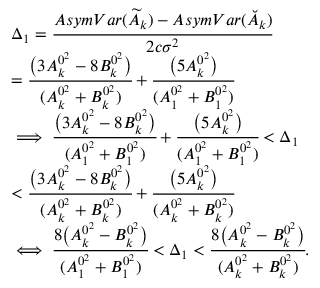
\begin{array} { r l } & { \Delta _ { 1 } = \cfrac { A s y m V a r ( \widetilde { A } _ { k } ) - A s y m V a r ( \breve { A } _ { k } ) } { 2 c \sigma ^ { 2 } } } \\ & { = \cfrac { \big ( 3 A _ { k } ^ { 0 ^ { 2 } } - 8 B _ { k } ^ { 0 ^ { 2 } } \big ) } { ( A _ { k } ^ { 0 ^ { 2 } } + B _ { k } ^ { 0 ^ { 2 } } ) } + \cfrac { \big ( 5 A _ { k } ^ { 0 ^ { 2 } } \big ) } { ( A _ { 1 } ^ { 0 ^ { 2 } } + B _ { 1 } ^ { 0 ^ { 2 } } ) } } \\ & { \implies \cfrac { \big ( 3 A _ { k } ^ { 0 ^ { 2 } } - 8 B _ { k } ^ { 0 ^ { 2 } } \big ) } { ( A _ { 1 } ^ { 0 ^ { 2 } } + B _ { 1 } ^ { 0 ^ { 2 } } ) } + \cfrac { \big ( 5 A _ { k } ^ { 0 ^ { 2 } } \big ) } { ( A _ { 1 } ^ { 0 ^ { 2 } } + B _ { 1 } ^ { 0 ^ { 2 } } ) } < \Delta _ { 1 } } \\ & { < \cfrac { \big ( 3 A _ { k } ^ { 0 ^ { 2 } } - 8 B _ { k } ^ { 0 ^ { 2 } } \big ) } { ( A _ { k } ^ { 0 ^ { 2 } } + B _ { k } ^ { 0 ^ { 2 } } ) } + \cfrac { \big ( 5 A _ { k } ^ { 0 ^ { 2 } } \big ) } { ( A _ { k } ^ { 0 ^ { 2 } } + B _ { k } ^ { 0 ^ { 2 } } ) } } \\ & { \iff \cfrac { 8 \big ( A _ { k } ^ { 0 ^ { 2 } } - B _ { k } ^ { 0 ^ { 2 } } \big ) } { ( A _ { 1 } ^ { 0 ^ { 2 } } + B _ { 1 } ^ { 0 ^ { 2 } } ) } < \Delta _ { 1 } < \cfrac { 8 \big ( A _ { k } ^ { 0 ^ { 2 } } - B _ { k } ^ { 0 ^ { 2 } } \big ) } { ( A _ { k } ^ { 0 ^ { 2 } } + B _ { k } ^ { 0 ^ { 2 } } ) } . } \end{array}